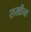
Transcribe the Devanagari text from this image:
राखीचा